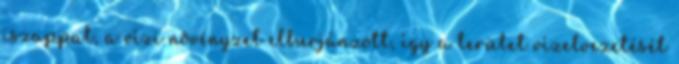
iszappal, a vízi növényzet elburjánzott, így a terület vízelvezetését